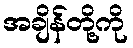
အချိန်တို့ကို